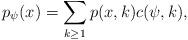
LaTeX: \begin{align*}p_\psi(x) = \sum_{k \geq 1} p(x, k) c(\psi, k),\end{align*}